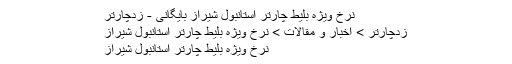
﻿ نرخ ویژه بلیط چارتر استانبول شیراز بایگانی - زدچارتر
زدچارتر > اخبار و مقالات > نرخ ویژه بلیط چارتر استانبول شیراز
نرخ ویژه بلیط چارتر استانبول شیراز